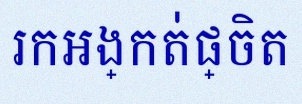
រកអង្កត់ផ្ចិត